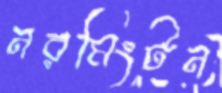
নরমিংটন